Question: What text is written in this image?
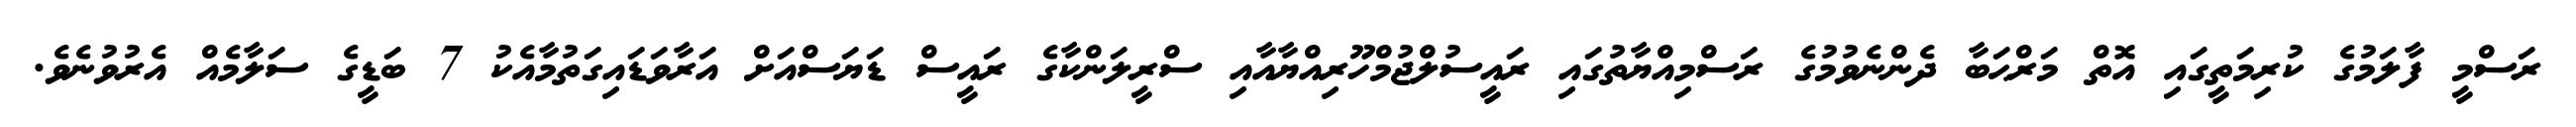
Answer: ރަސްމީ ފާލަމުގެ ކުރިމަތީގައި އޮތް މަރްޙަބާ ދެންނެވުމުގެ ރަސްމިއްޔާތުގައި ރައީސުލްޖުމްހޫރިއްޔާއާއި ސްރީލަންކާގެ ރައީސް ޑަޔަސްއަށް އަރާވަޑައިގަތުމާއެކު 7 ބަޑީގެ ސަލާމެއް އެރުވުނެވެ.